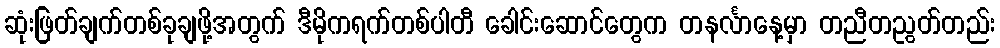
ဆုံးဖြတ်ချက်တစ်ခုချဖို့အတွက် ဒီမိုကရက်တစ်ပါတီ ခေါင်းဆောင်တွေက တနင်္လာနေ့မှာ တညီတညွတ်တည်း